DOW-UAP-D16, Mission Report, Syria, July 2022
Agency: Department of War
Incident date: 7/31/22
Incident location: Syria
Page 1
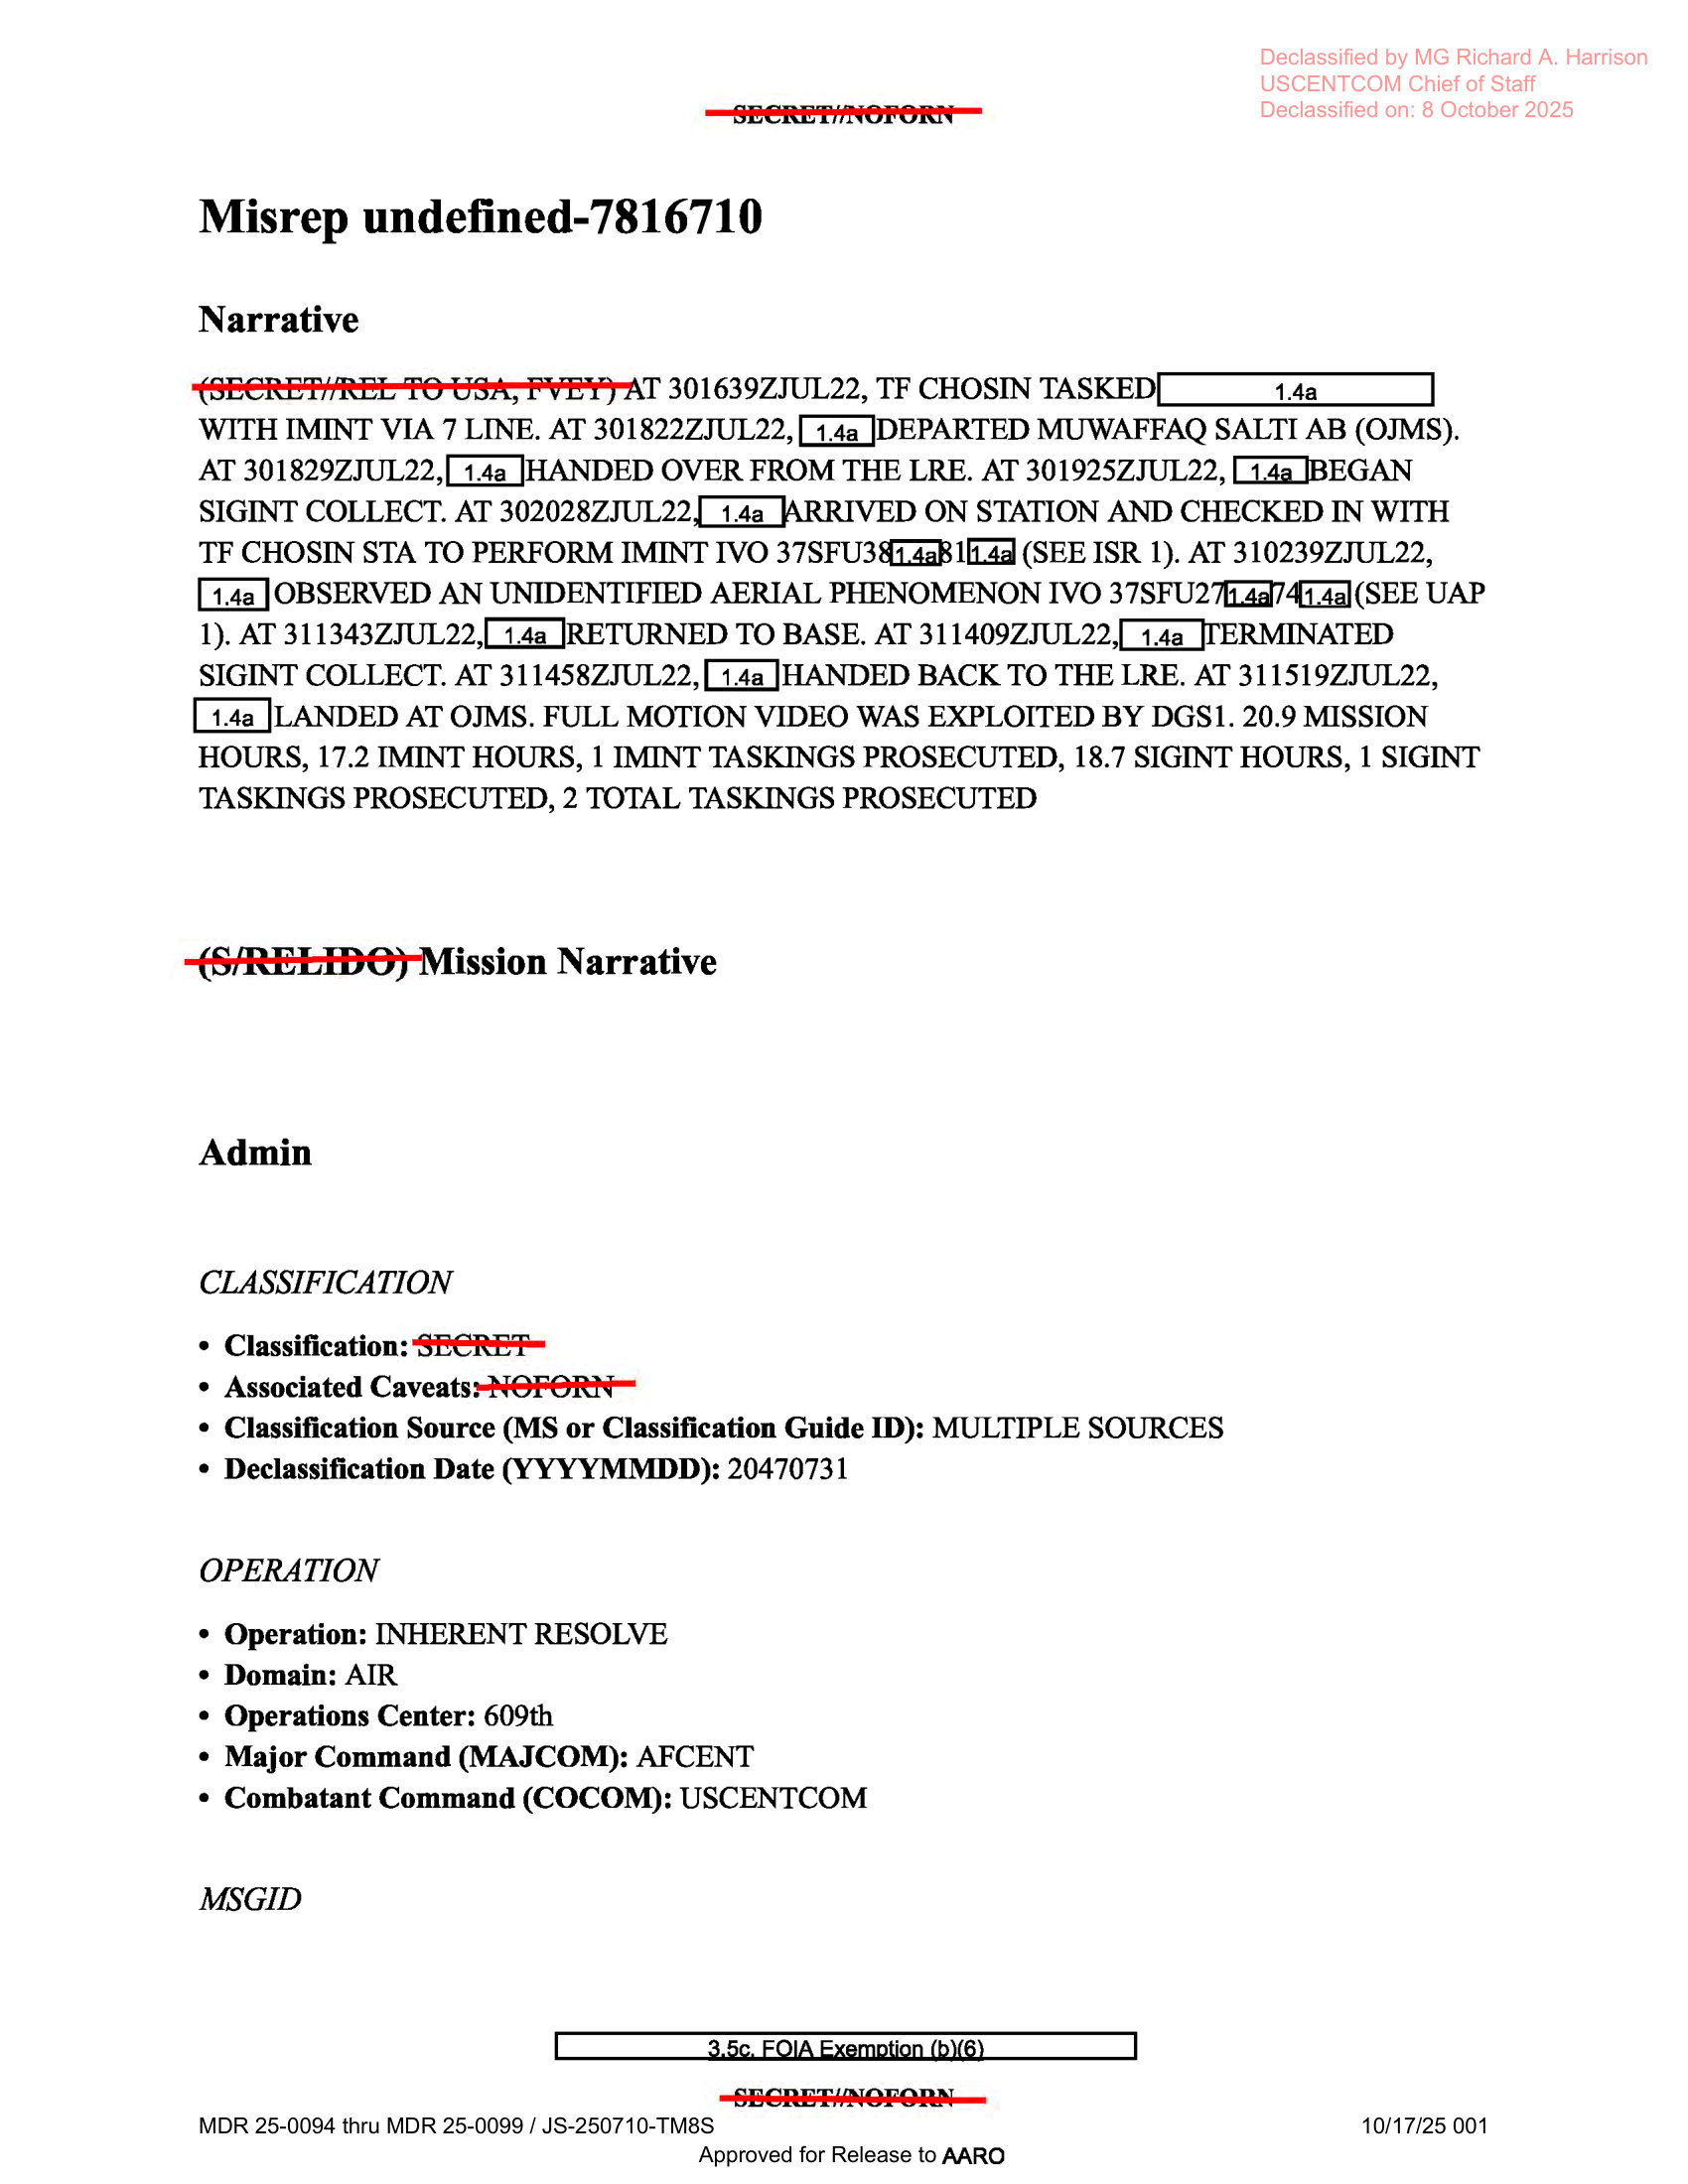